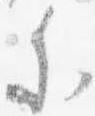
参